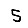
Digit: 5